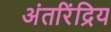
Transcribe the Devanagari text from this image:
अंतरिंद्रिय